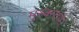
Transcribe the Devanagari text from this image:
मुस्कराये।